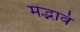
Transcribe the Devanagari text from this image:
मद्भावं